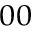
_ { 0 0 }